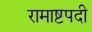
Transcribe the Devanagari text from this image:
रामाष्टपदी